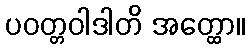
ပဝတ္တဝါဒါတိ အတ္ထော။